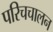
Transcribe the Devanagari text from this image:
परिचचालन